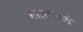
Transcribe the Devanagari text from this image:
भारतीकडे